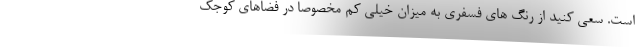
است. سعی کنید از رنگ های فسفری به میزان خیلی کم مخصوصا در فضاهای کوجک